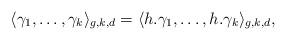
LaTeX: \begin{align*}\langle \gamma_{1},\dots, \gamma_{k}\rangle_{g,k,d}=\langle h.\gamma_{1},\dots, h.\gamma_{k}\rangle_{g,k,d}, \end{align*}